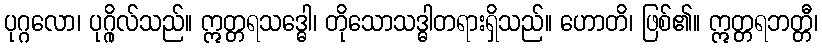
ပုဂ္ဂလော၊ ပုဂ္ဂိုလ်သည်။ ဣတ္တရသဒ္ဓေါ၊ တိုသောသဒ္ဓါတရားရှိသည်။ ဟောတိ၊ ဖြစ်၏။ ဣတ္တရဘတ္တီ၊